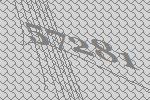
57281